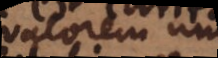
valorem unius